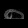
Digit: ၈